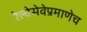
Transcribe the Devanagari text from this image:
रेल्वेसेवेप्रमाणेच